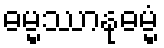
ဓမ္မဿာနုဓမ္မံ